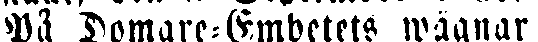
På Domare-Ämbetets wägnar